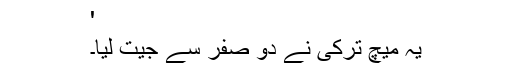
'
یہ میچ ترکی نے دو صفر سے جیت لیا۔